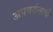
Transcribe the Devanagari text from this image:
अपवर्तनाचे